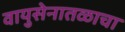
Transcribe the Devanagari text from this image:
वायुसेनातळाचा